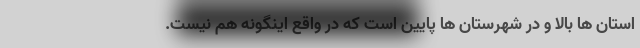
استان ها بالا و در شهرستان ها پایین است که در واقع اینگونه هم نیست.